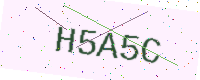
Text: H5A5C